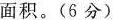
面积。（6分）